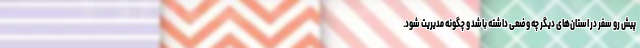
پیش ‌رو سفر در استان‌های دیگر چه وضعی داشته باشد و چگونه مدیریت شود.